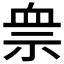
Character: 𱵋